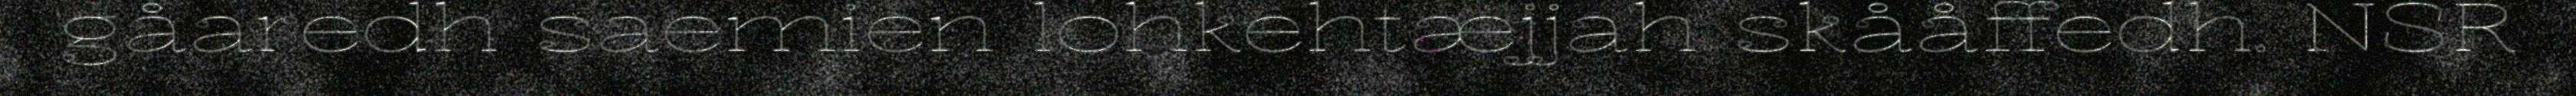
gåaredh saemien lohkehtæjjah skååffedh. NSR